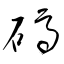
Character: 碼